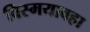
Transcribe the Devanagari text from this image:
विस्मयावहा